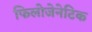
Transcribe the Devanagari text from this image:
फिलोजेनेटिक